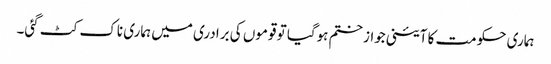
ہماری حکومت کا آئینی جواز ختم ہوگیا تو قوموں کی برادری میں ہماری ناک کٹ گئی۔